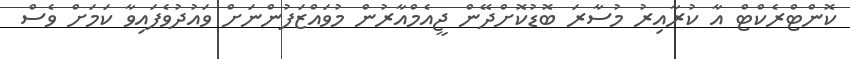
ކޮންޓްރެކްޓް އާ ކުރާއިރު މުސާރަ ބޮޑުކޮށްދޭން ޖީއެމްއާރުން މުވައްޒަފުންނަށް ވައުދުވެފައިވާ ކަމަށް ވެސް